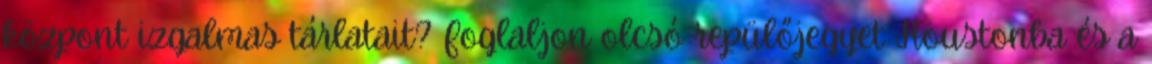
központ izgalmas tárlatait? Foglaljon olcsó repülőjegyet Houstonba és a